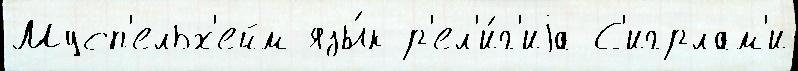
Мусп'ельх'ейм язы́к р'ел'и́г'иjа С'игрлам'и